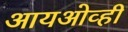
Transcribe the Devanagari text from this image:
आयओव्ही